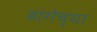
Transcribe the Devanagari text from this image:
ढांगेच्या